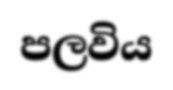
පලවිය